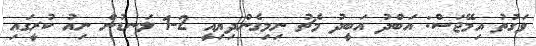
ވަގުތު އިމޭޖަސް: އަބްދު އަބީދު މެޗު ނިމިގެންދިޔިއީ 2-1 ލަނޑުން ނިއު ކުރީގައި